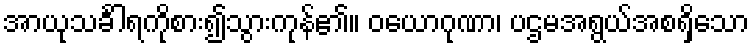
အာယုသင်္ခါရကိုစား၍သွားကုန်၏။ ဝယောဂုဏာ၊ ပဌမအရွယ်အစရှိသော